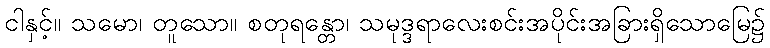
ငါနှင့်။ သမော၊ တူသော။ စတုရန္တော၊ သမုဒ္ဒရာလေးစင်းအပိုင်းအခြားရှိသောမြေ၌